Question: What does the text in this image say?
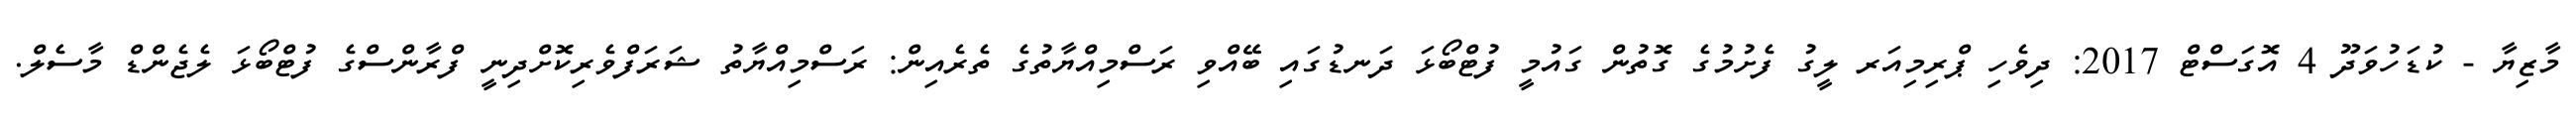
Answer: މާޒިޔާ - ކުޑަހުވަދޫ 4 އޮގަސްޓް 2017: ދިވެހި ޕްރިމިއަރ ލީގު ފެށުމުގެ ގޮތުން ގައުމީ ފުޓްބޯޅަ ދަނޑުގައި ބޭއްވި ރަސްމިއްޔާތުގެ ތެރެއިން: ރަސްމިއްޔާތު ޝަރަފްވެރިކޮށްދިނީ ފްރާންސްގެ ފުޓްބޯޅަ ލެޖެންޑް މާސެލް.